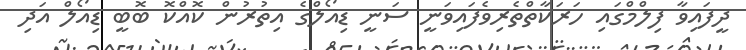
ދީފައިވާ ފިލްމްގައި ހަރަކާތްތެރިވެފައިވަނީ ސަނީ ޑިއޯލްގެ އިތުރުން ކޮއްކޮ ބޮބީ ޑިއޯލް އަދި